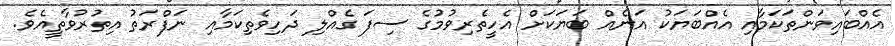
އެއްބައިވަންތަކަމާއި އެއްބަޔަކު އަނެއް ބަޔަކަށް އެހީތެރިވުމުގެ ސިފަ ގެއްލި ދަހިވެތިކަމާއި ނަފްރަތު އިތުރުވާތީއެވެ.